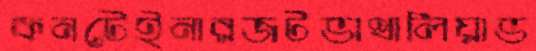
কনটেইনারজটভাথালিয়াভ